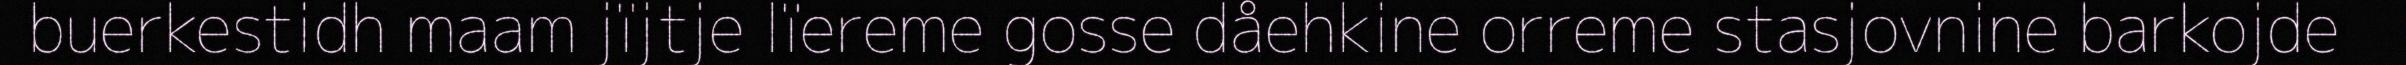
buerkestidh maam jïjtje lïereme gosse dåehkine orreme stasjovnine barkojde